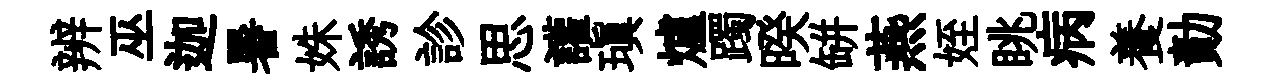
辨巫迦暑姝誘診思讙瑱爐躅暌缾燕姪眺病養勣